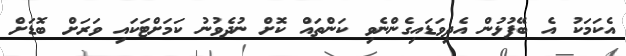
އެކަމަކު އެ ބޭފުޅުން އެދިވަޑައިގެންނެވި ކަންތައް ކޮށް ނުދެވުނު ކަމަށްޓަކައި ވަރަށް ބޮޑަށް